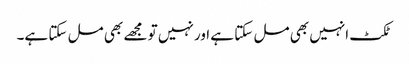
ٹکٹ انہیں بھی مل سکتا ہے اور نہیں تو مجھے بھی مل سکتا ہے۔